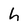
Character: h